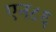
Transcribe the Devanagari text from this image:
एन८६